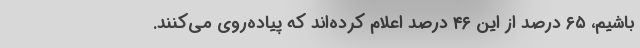
باشیم، ۶۵ درصد از این ۴۶ درصد اعلام کرده‌اند که پیاده‌روی می‌کنند.